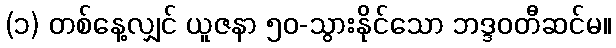
(၁) တစ်နေ့လျှင် ယူဇနာ ၅၀-သွားနိုင်သော ဘဒ္ဒဝတီဆင်မ။